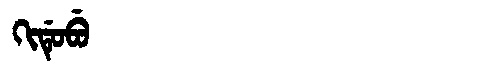
Manchu: ᡴᡳᡩᡠᠪᡠ
Romanization: KIDUBU